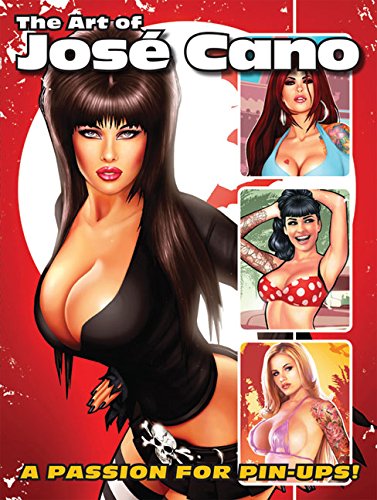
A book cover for The Art of JosÃ© Cano; JosÃ© Cano; Comics & Graphic Novels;